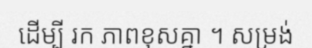
ដើម្បី រក ភាពខុសគ្នា ។ សម្រង់